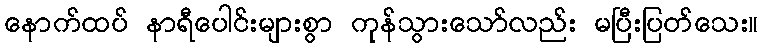
နောက်ထပ် နာရီပေါင်းများစွာ ကုန်သွားသော်လည်း မပြီးပြတ်သေး။